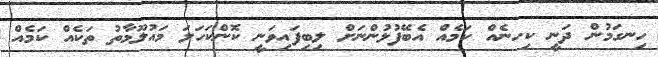
ހިނގަމުން ދަނީ ކިހނެއް ކަމެއް އެބޭފުޅުންނަށް ލިބިފައިވަނީ ކޮންކަހަލަ މައުލޫމާތު ތަކެއް ކަމެއް